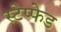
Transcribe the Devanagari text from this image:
स्टेप्फेड